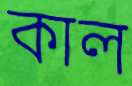
কাল